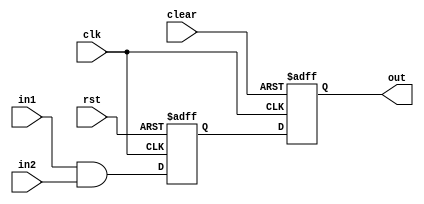
module nand_gate_delay(
  input wire clk,
  input wire rst,
  input wire clear,
  input wire in1,
  input wire in2,
  output reg out
);

reg delay_reg;

always @(posedge clk or posedge rst) begin
  if (rst) begin
    delay_reg <= 1'b0;
  end
  else begin
    delay_reg <= in1 & in2;
  end
end

always @(posedge clk or posedge clear) begin
  if (clear) begin
    out <= 1'b0;
  end
  else begin
    out <= delay_reg;
  end
end

endmodule